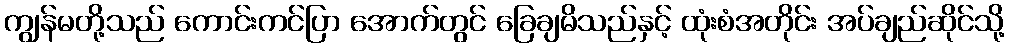
ကျွန်မတို့သည် ကောင်းကင်ပြာ အောက်တွင် ခြေချမိသည်နှင့် ထုံးစံအတိုင်း အပ်ချည်ဆိုင်သို့